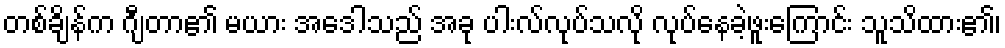
တစ်ချိန်က ဂျီတာ၏ မယား အေဒါသည် အခု ပါးလ်လုပ်သလို လုပ်နေခဲ့ဖူးကြောင်း သူသိထား၏၊